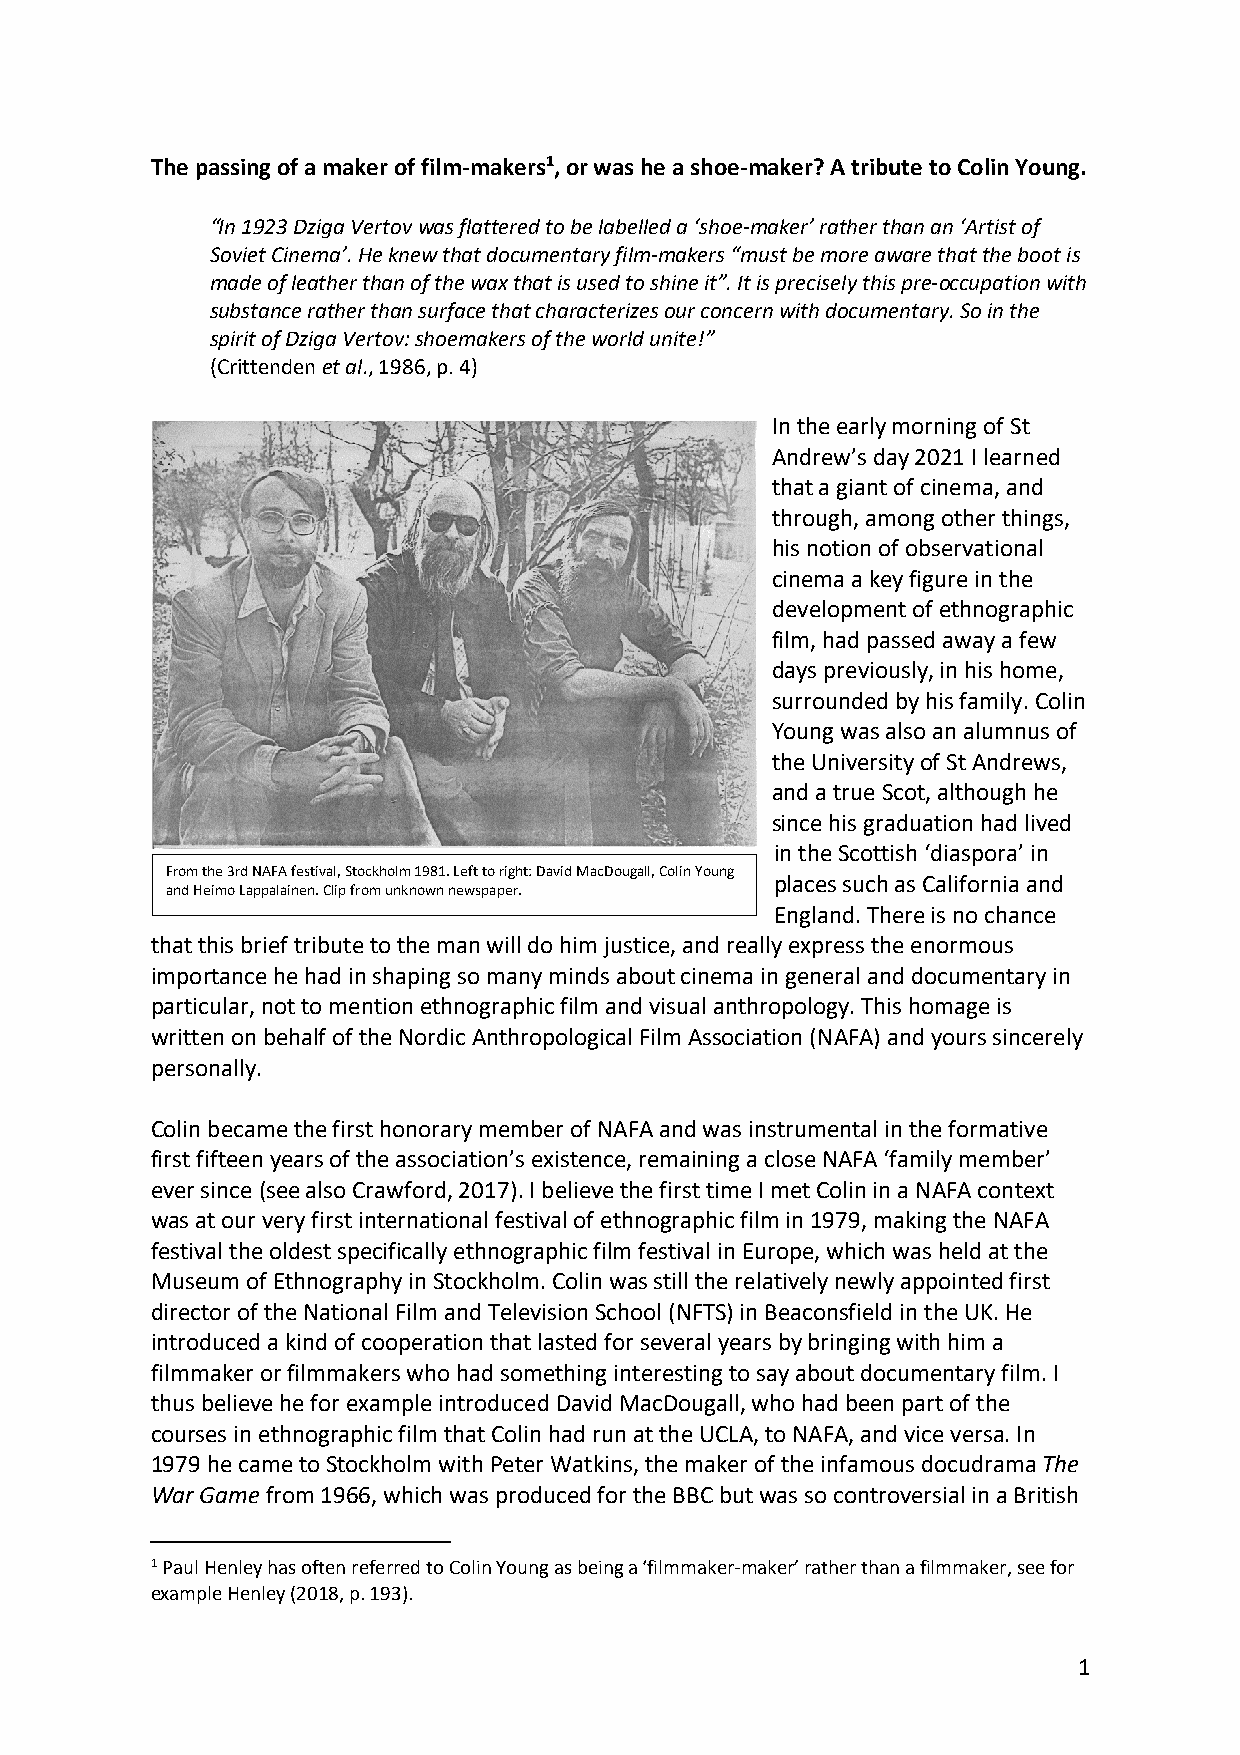
The passing of a maker of film-makers1, or was he a shoe-maker? A tribute to Colin Young.
 “In 1923 Dziga Vertov was flattered to be labelled a ‘shoe-maker’ rather than an ‘Artist of
 Soviet Cinema’. He knew that documentary film-makers “must be more aware that the boot is
 made of leather than of the wax that is used to shine it”. It is precisely this pre-occupation with
 substance rather than surface that characterizes our concern with documentary. So in the
 spirit of Dziga Vertov: shoemakers of the world unite!”
 (Crittenden et al., 1986, p. 4)
 In the early morning of St
 Andrew’s day 2021 I learned
 that a giant of cinema, and
 through, among other things,
 his notion of observational
 cinema a key figure in the
 development of ethnographic
 film, had passed away a few
 days previously, in his home,
 surrounded by his family. Colin
 Young was also an alumnus of
 the University of St Andrews,
 and a true Scot, although he
 since his graduation had lived
 in the Scottish ‘diaspora’ in
 From the 3rd NAFA festival, Stockholm 1981. Left to right: David MacDougall, Colin Young
 places such as California and
 and Heimo Lappalainen. Clip from unknown newspaper.
 England. There is no chance
 that this brief tribute to the man will do him justice, and really express the enormous
 importance he had in shaping so many minds about cinema in general and documentary in
 particular, not to mention ethnographic film and visual anthropology. This homage is
 written on behalf of the Nordic Anthropological Film Association (NAFA) and yours sincerely
 personally.
 Colin became the first honorary member of NAFA and was instrumental in the formative
 first fifteen years of the association’s existence, remaining a close NAFA ‘family member’
 ever since (see also Crawford, 2017). I believe the first time I met Colin in a NAFA context
 was at our very first international festival of ethnographic film in 1979, making the NAFA
 festival the oldest specifically ethnographic film festival in Europe, which was held at the
 Museum of Ethnography in Stockholm. Colin was still the relatively newly appointed first
 director of the National Film and Television School (NFTS) in Beaconsfield in the UK. He
 introduced a kind of cooperation that lasted for several years by bringing with him a
 filmmaker or filmmakers who had something interesting to say about documentary film. I
 thus believe he for example introduced David MacDougall, who had been part of the
 courses in ethnographic film that Colin had run at the UCLA, to NAFA, and vice versa. In
 1979 he came to Stockholm with Peter Watkins, the maker of the infamous docudrama The
 War Game from 1966, which was produced for the BBC but was so controversial in a British
 1 Paul Henley has often referred to Colin Young as being a ‘filmmaker-maker’ rather than a filmmaker, see for
 example Henley (2018, p. 193).
 1